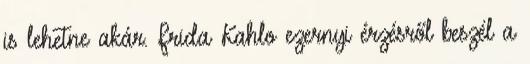
is lehetne akár. Frida Kahlo ezernyi érzésről beszél a